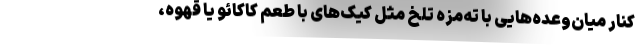
کنار میان‌وعده‌هایی با ته‌مزه تلخ مثل کیک‌های با طعم کاکائو یا قهوه،